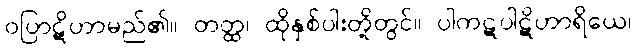
ဝပြာဋိဟာမည်၏။ တတ္ထ၊ ထိုနှစ်ပါးတို့တွင်။ ပါကဋပါဋိဟာရိယေ၊